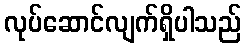
လုပ်ဆောင်လျက်ရှိပါသည်